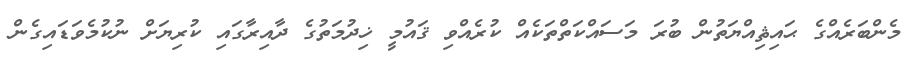
މެންބަރެއްގެ ޙައިޘިއްޔަތުން ބުރަ މަސައްކަތްތަކެއް ކުރެއްވި ޤައުމީ ޚިދުމަތުގެ ދާއިރާގައި ކުރިޔަށް ނުކުމެވަޑައިގެން